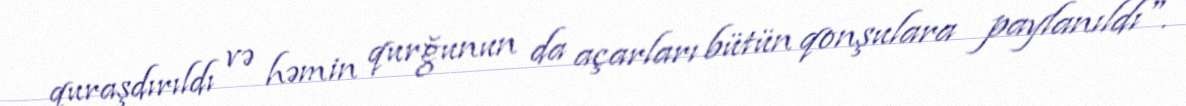
quraşdırıldı və həmin qurğunun da açarları bütün qonşulara paylanıldı".